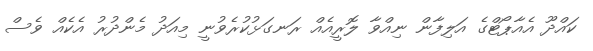
ކައްދޫ އެއާޕޯޓްގެ އަލިފާން ނިއްވާ ލޮރީއެއް ރަނގަޅުކުރެވުނީ މިއަދު މެންދުރު އެކެއް ވެސް